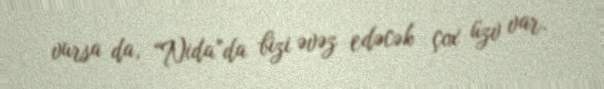
vursa da, “Nida”da bizi əvəz edəcək çox üzv var.